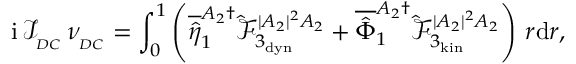
\mathrm { i } \, \mathcal { I } _ { _ { D C } } \, \nu _ { _ { D C } } = \int _ { 0 } ^ { 1 } \left( \overline { { \hat { \eta } } } _ { 1 } ^ { A _ { 2 } \dagger } \hat { \mathcal { F } } _ { 3 _ { \mathrm { d y n } } } ^ { | A _ { 2 } | ^ { 2 } A _ { 2 } } + \overline { { \hat { \Phi } } } _ { 1 } ^ { A _ { 2 } \dagger } \hat { \mathcal { F } } _ { 3 _ { \mathrm { k i n } } } ^ { | A _ { 2 } | ^ { 2 } A _ { 2 } } \right) \, r \mathrm { d } r ,